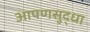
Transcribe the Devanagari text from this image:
आपणसुद्धा